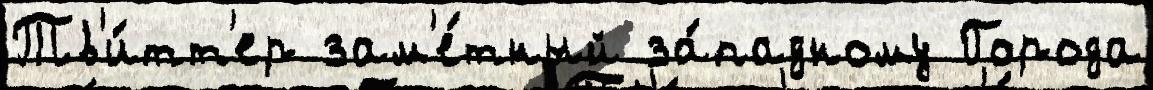
Тв'и́тт'ер зам'е́тный за́падному Города